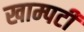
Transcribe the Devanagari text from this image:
खाम्पटी